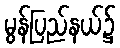
မွန်ပြည်နယ်၌